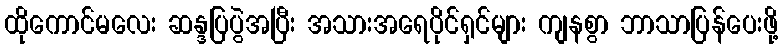
ထိုကောင်မလေး ဆန္ဒပြပွဲအပြီး အသားအရေပိုင်ရှင်များ ကျနစွာ ဘာသာပြန်ပေးဖို့